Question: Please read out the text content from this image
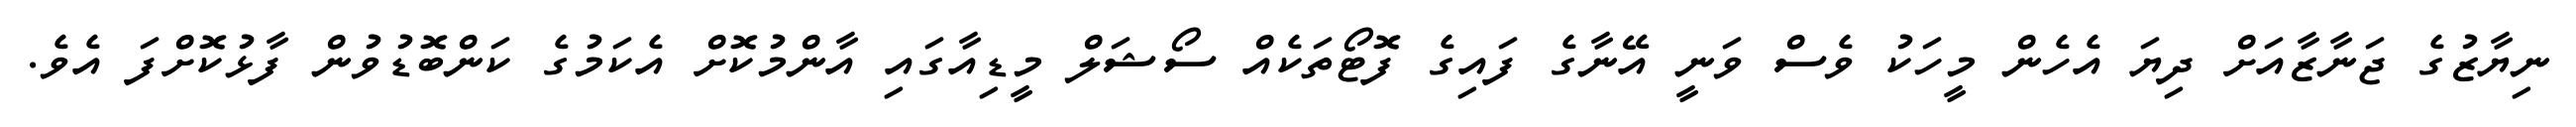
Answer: ނިޔާޒުގެ ޖަނާޒާއަށް ދިޔަ އެހެން މީހަކު ވެސް ވަނީ އޭނާގެ ފައިގެ ފޮޓޯތަކެއް ސޯޝަލް މީޑިއާގައި އާންމުކޮށް އެކަމުގެ ކަންބޮޑުވުން ފާޅުކޮށްފަ އެވެ.